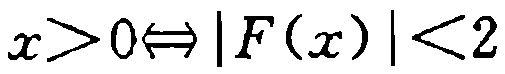
\(x>0\Leftrightarrow |F(x)|<2\)